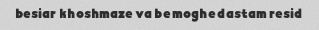
besiar khoshmaze va be moghe dastam resid